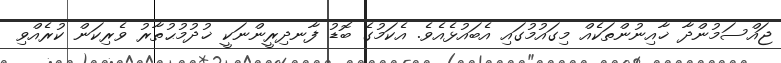
ޖައްސަމުންދާ ޚާއިނުންތަކެއް މިގައުމުގައި އެބައުޅެއެވެ. އެކަމުގެ ބޮޑު ފާނދިރީންނަކީ ޚުދުމުޙުތާރު ވެރިކަން ކުރެއްވި